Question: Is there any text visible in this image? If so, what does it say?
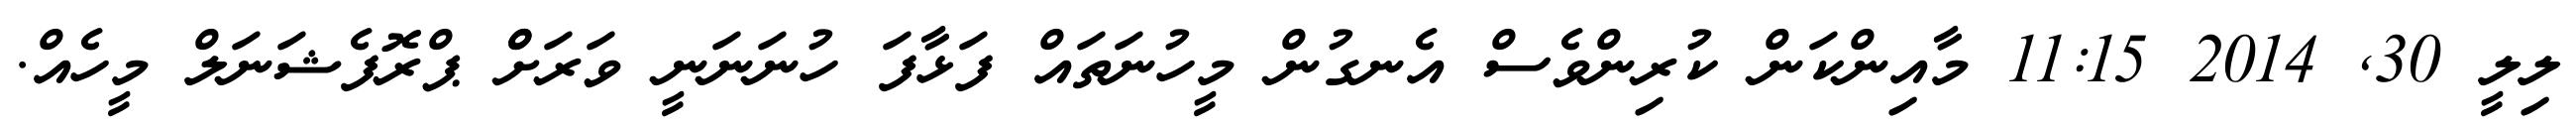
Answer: ލިލީ 30, 2014 11:15 މާއިންކަން ކުރިންވެސް އެނގުން މީހުނަތައް ފަޅާފަ ހުނަނަނީ ވަރަށްް ޕްރޮފެޝަނަލް މީހެއް.